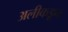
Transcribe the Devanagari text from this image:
अलीकडून